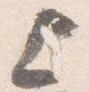
上